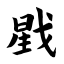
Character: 戥